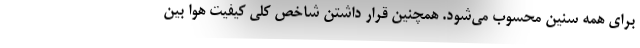
برای همه سنین محسوب می‌شود. همچنین قرار داشتن شاخص کلی کیفیت هوا بین